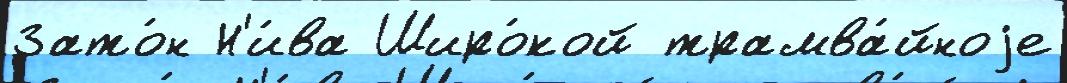
Зато́н Н'и́ва Широ́кой трамва́йноjе